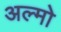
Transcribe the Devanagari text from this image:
अल्मो